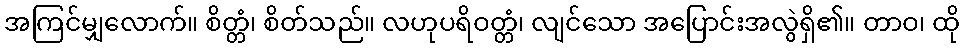
အကြင်မျှလောက်။ စိတ္တံ၊ စိတ်သည်။ လဟုပရိဝတ္တံ၊ လျင်သော အပြောင်းအလွဲရှိ၏။ တာဝ၊ ထို